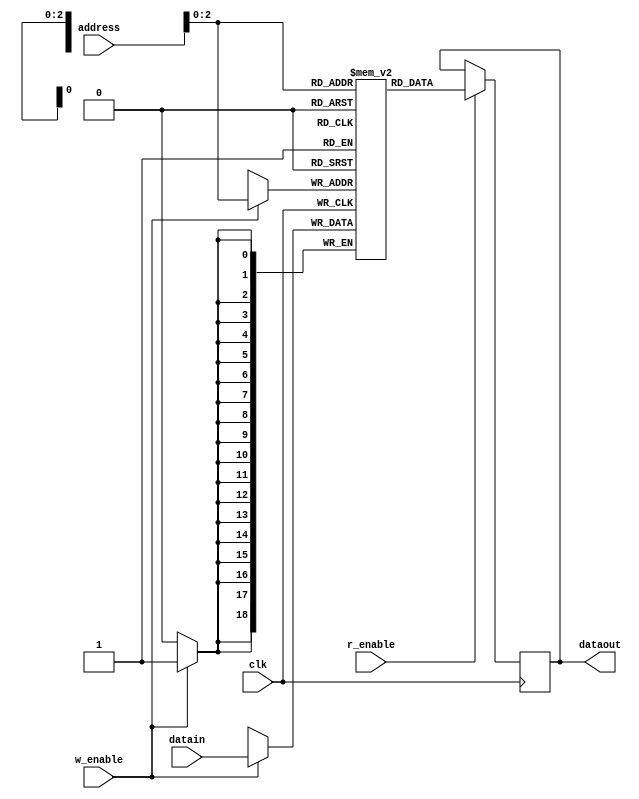
module anchorMemory(clk, address, r_enable, w_enable, datain, dataout);
input [4:0] address;
input r_enable, clk, w_enable;
input [18:0] datain;

reg [18:0]mem[4:0];

output reg [18:0] dataout;

always@(posedge clk)
begin
	if(r_enable == 1)
		dataout <= mem[address];
	if(w_enable == 1)
		mem[address] <= datain;
end
endmodule